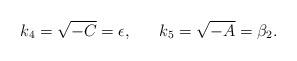
LaTeX: \begin{align*}k_4=\sqrt{-C}=\epsilon,\ \ \ \ \ k_5=\sqrt{-A}=\beta_2.\end{align*}